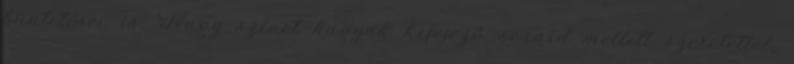
büntetései is. Nagy szívet hagyok kifejező soraid mellett szeretettel,